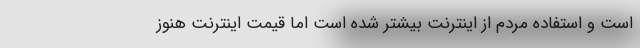
است و استفاده مردم از اینترنت بیشتر شده است اما قیمت اینترنت هنوز